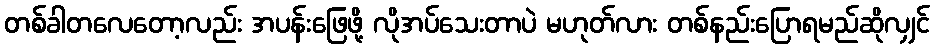
တစ်ခါတလေတော့လည်း အပန်းဖြေဖို့ လိုအပ်သေးတာပဲ မဟုတ်လား တစ်နည်းပြောရမည်ဆိုလျှင်